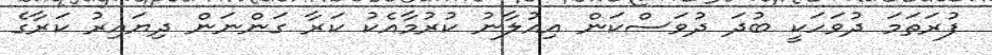
ފުރަތަމަ ދުވަހަކީ ބުދަ ދުވަސްކަން އިއުލާނު ކުރުމާއެކު ކަރާ ގަންނަން ދިޔައިރު ކަރާގެ